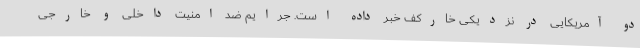
دو آمریکایی در نزدیکی خارکف خبر داده است. جرایم ضد امنیت داخلی و خارجی